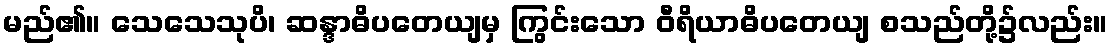
မည်၏။ သေသေသုပိ၊ ဆန္ဒာဓိပတေယျမှ ကြွင်းသော ဝီရိယာဓိပတေယျ စသည်တို့၌လည်း။